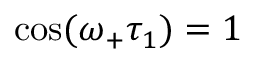
\cos ( \omega _ { + } \tau _ { 1 } ) = 1